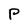
Character: P